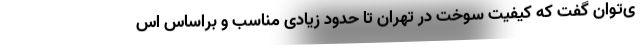
ی‌توان گفت که کیفیت سوخت در تهران تا حدود زیادی مناسب و براساس اس